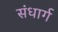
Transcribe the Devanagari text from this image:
संधार्ग